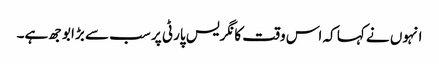
انہوں نے کہا کہ اس وقت کانگریس پارٹی پر سب سے بڑا بوجھ ہے۔